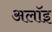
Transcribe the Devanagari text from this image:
अलॉइ